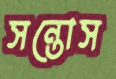
সন্তোস